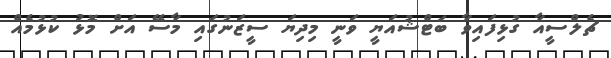
ޗެލްސީއާ ގުޅިފައިވާ ބަޓްޝުއަޔީ ވަނީ މިދިޔަ ސީޒަނުގައި މާސޭ އަށް މޮޅު ކުޅުމެއް